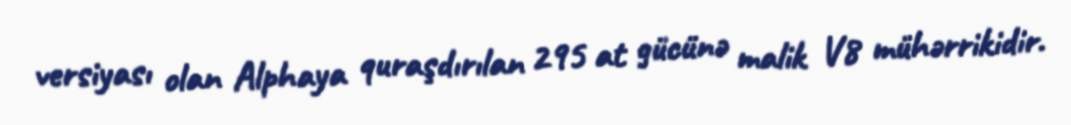
versiyası olan Alphaya quraşdırılan 295 at gücünə malik V8 mühərrikidir.